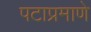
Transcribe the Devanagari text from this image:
पटाप्रमाणे